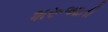
શરૂઆતી